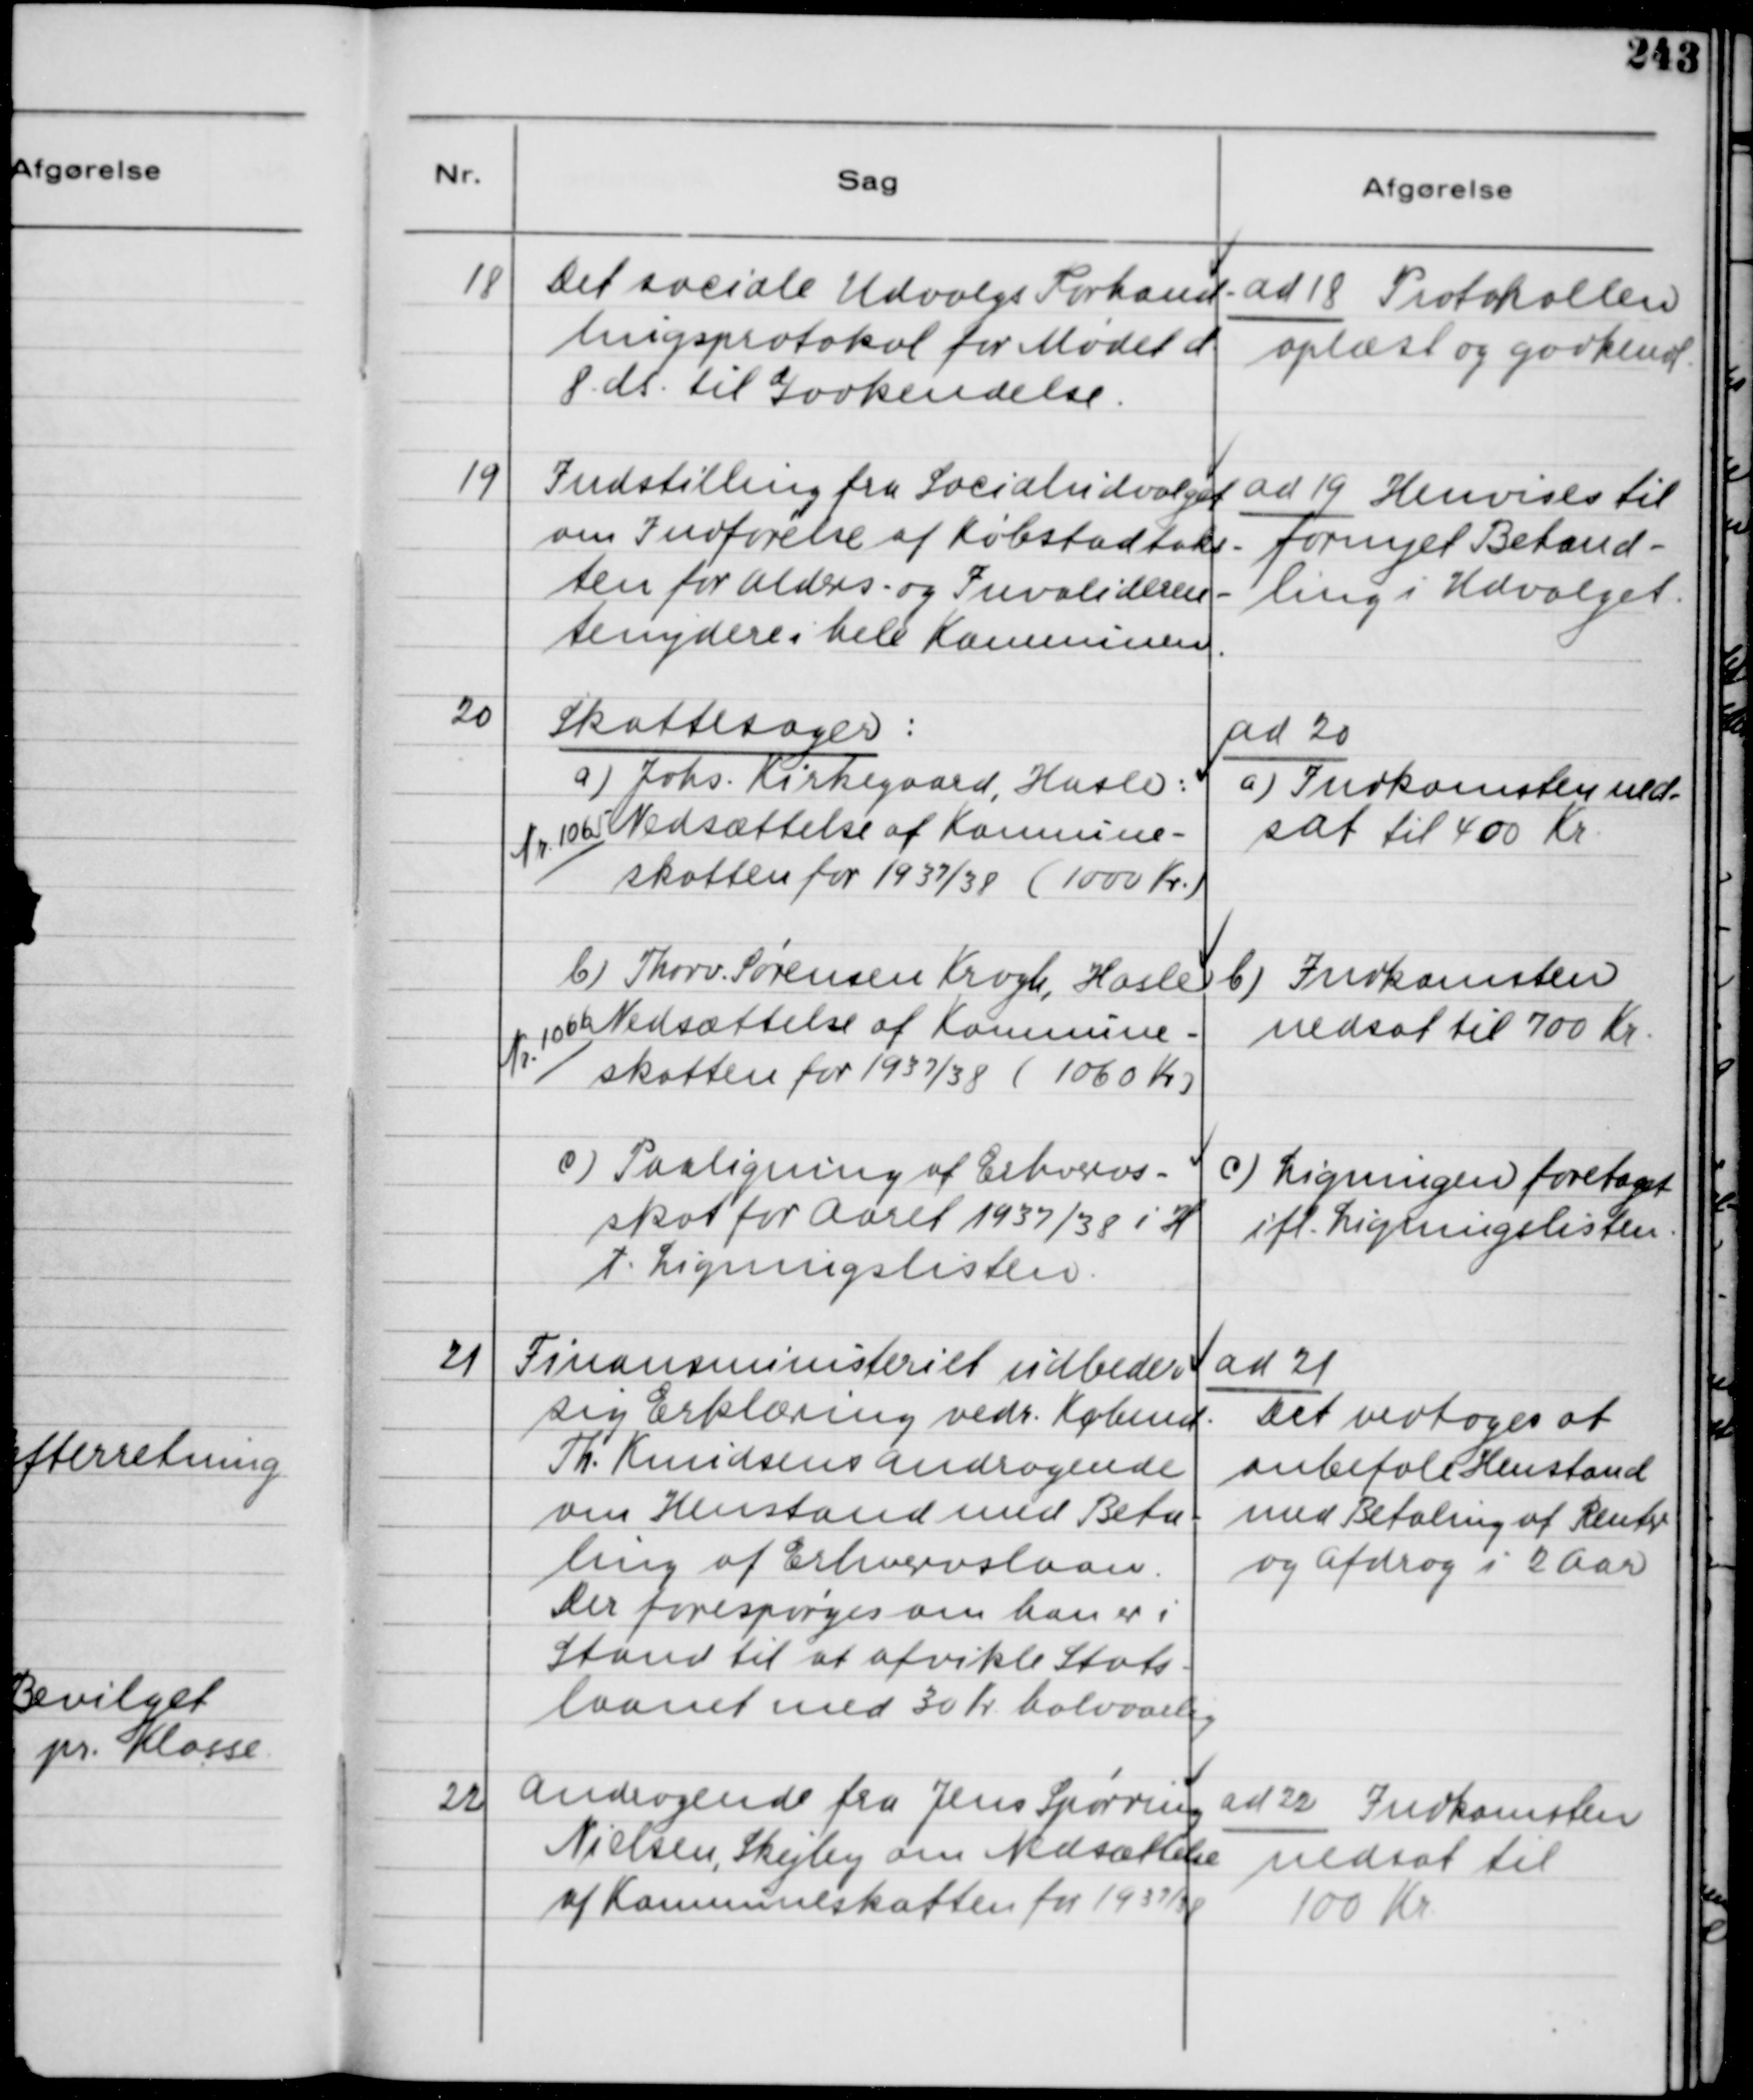
Transskription:
18
Det sociale udvalgs Forhand-
lingsprotokol for Mødet d.
8. ds. til Godkendelse.

ad 18 Protokollen
oplæst og godkendt

19
Indstilling fra Socialudvalget
om Indførelse af Købstadtaks-
ten for Alders- og Invalideren-
tenydere i hele Komnunen.

ad 19 Henvises til
fornyet Behand-
ling i Udvalget.

20
Skattesager:
ad 20
a) Johs. Kirkegaard, Hasle:
Nr. 1065
Nr.. 1065 Nedsættelse af Konnune-
skatten for 1937/38 ( 1000 Kr. )
a) Indkomsten ned-
sat til 400 Kr.
b) Thorv. Sørensen Krogh, Hasle
Nr. 1066
Nedsættelse af Komnune-
skatten for 1937/38 (1060 Kr)
b) Indkomsten
nedsat til 700 Kr.
c) Paaligning af Erhvervs-
skat for Aaret 1937/38 i H
t. Ligningslisten.
c) Ligningen foretaget
ifl. Ligningslisten.

21
Finansministeriet udbeder
sig Erklæring vedr. Købmd.
Th. Knudsens andragende
om Henstand med Beta-
ling af Erhvervslaan.
Der forespørges om han er i
Stand til at afvikle Stats-
laanet med 30 Kr. halvaarlig

ad 21
Det vedtoges at
anbefale Henstand
med Betaling af Renter
og Afdrag i 2 Aar

22
Andragende fra Jens Spørring
Nielsen, Skejby om Nesættelse
af Kommuneskatten for 1937/38

ad 22 Indkomsten
nedsat til
100 Kr.